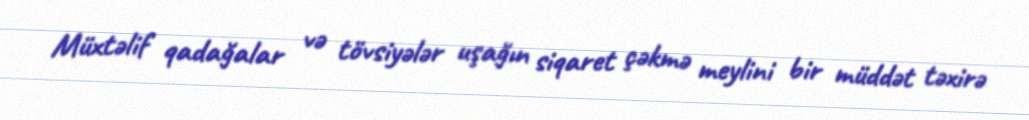
Müxtəlif qadağalar və tövsiyələr uşağın siqaret çəkmə meylini bir müddət təxirə